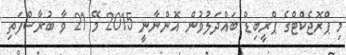
މި ޕްރޮޖެކްޓްގެ ޕްރީބިޑް ބައްދަލުވުން އޮންނާނީ 2015 މޭ 21 ވާ ބުރާސްފަތި